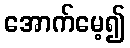
အောက်မေ့၍